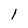
Character: l